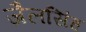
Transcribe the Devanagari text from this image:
जैलसिंह